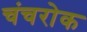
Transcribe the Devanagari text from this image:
चंचरोक